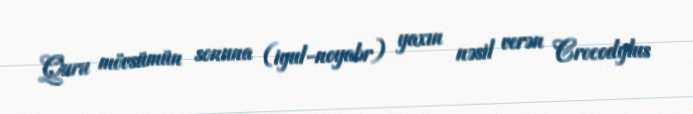
Quru mövsümün sonuna (iyul-noyabr) yaxın nəsil verən Crocodylus